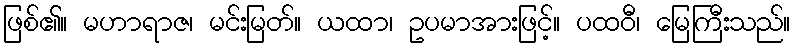
ဖြစ်၏။ မဟာရာဇ၊ မင်းမြတ်။ ယထာ၊ ဥပမာအားဖြင့်။ ပထဝီ၊ မြေကြီးသည်။